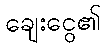
ချေးငွေ၏